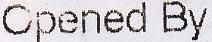
OPENED BY